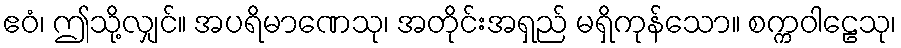
ဧဝံ၊ ဤသို့လျှင်။ အပရိမာဏေသု၊ အတိုင်းအရှည် မရှိကုန်သော။ စက္ကဝါဠေသု၊